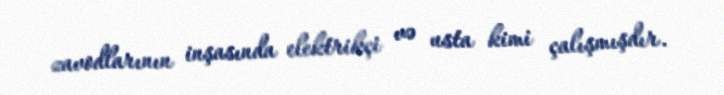
zavodlarının inşasında elektrikçi və usta kimi çalışmışdır.